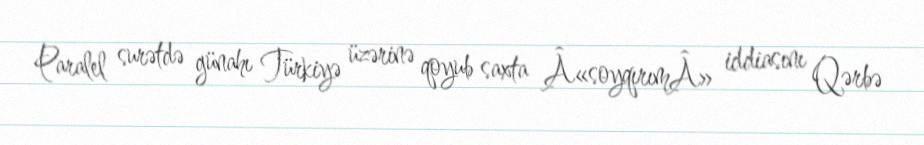
Paralel surətdə günahı Türkiyə üzərinə qoyub saxta Â«soyqırımÂ» iddiasını Qərbə